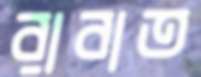
রাবাত